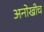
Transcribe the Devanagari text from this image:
अनोखीच